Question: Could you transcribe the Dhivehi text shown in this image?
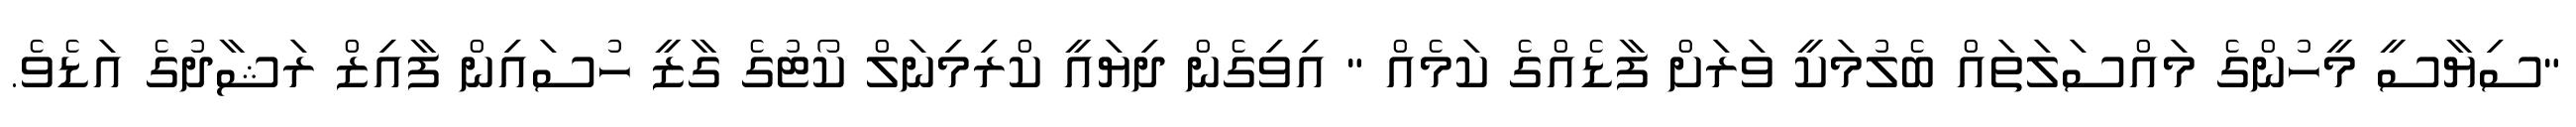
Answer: "ސިޔާސީ މީހުންގެ މައްސަލަތައް ބެލުމަކީ ވަރަށް ފާޑެއްގެ ކަމެއް " އިވިގެން ދިޔައީ ކްރިމިނަލް ކޯޓުގެ ގާޒީ ހުސައިން ފާއިޒް ރަޝާދުގެ އަޑެވެ.